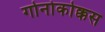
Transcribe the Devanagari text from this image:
गोनोकोक्कस